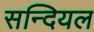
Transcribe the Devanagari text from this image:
सन्दियल